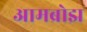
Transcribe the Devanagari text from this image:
आमब्रोझ